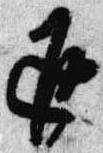
返